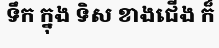
ទឹក ក្នុង ទិស ខាងជើង ក៏